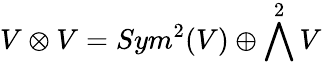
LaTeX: V\otimes V=Sym^{2}(V)\oplus\bigwedge^{2}V